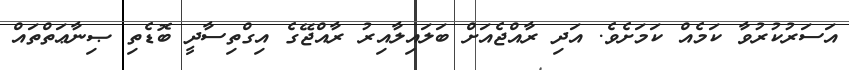
އަސަރުކުރުވާ ކަމެއް ކަމަށެވެ. އަދި ރާއްޖެއަށް ބަލައިލާއިރު ރާއްޖޭގެ އިގްތިސާދީ ބޮޑެތި ޞިނާޢަތްތައް